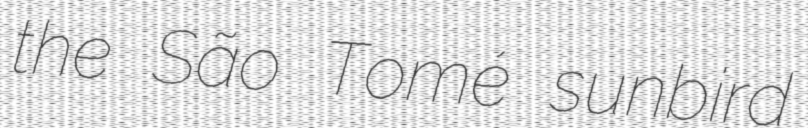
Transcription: the São Tomé sunbird